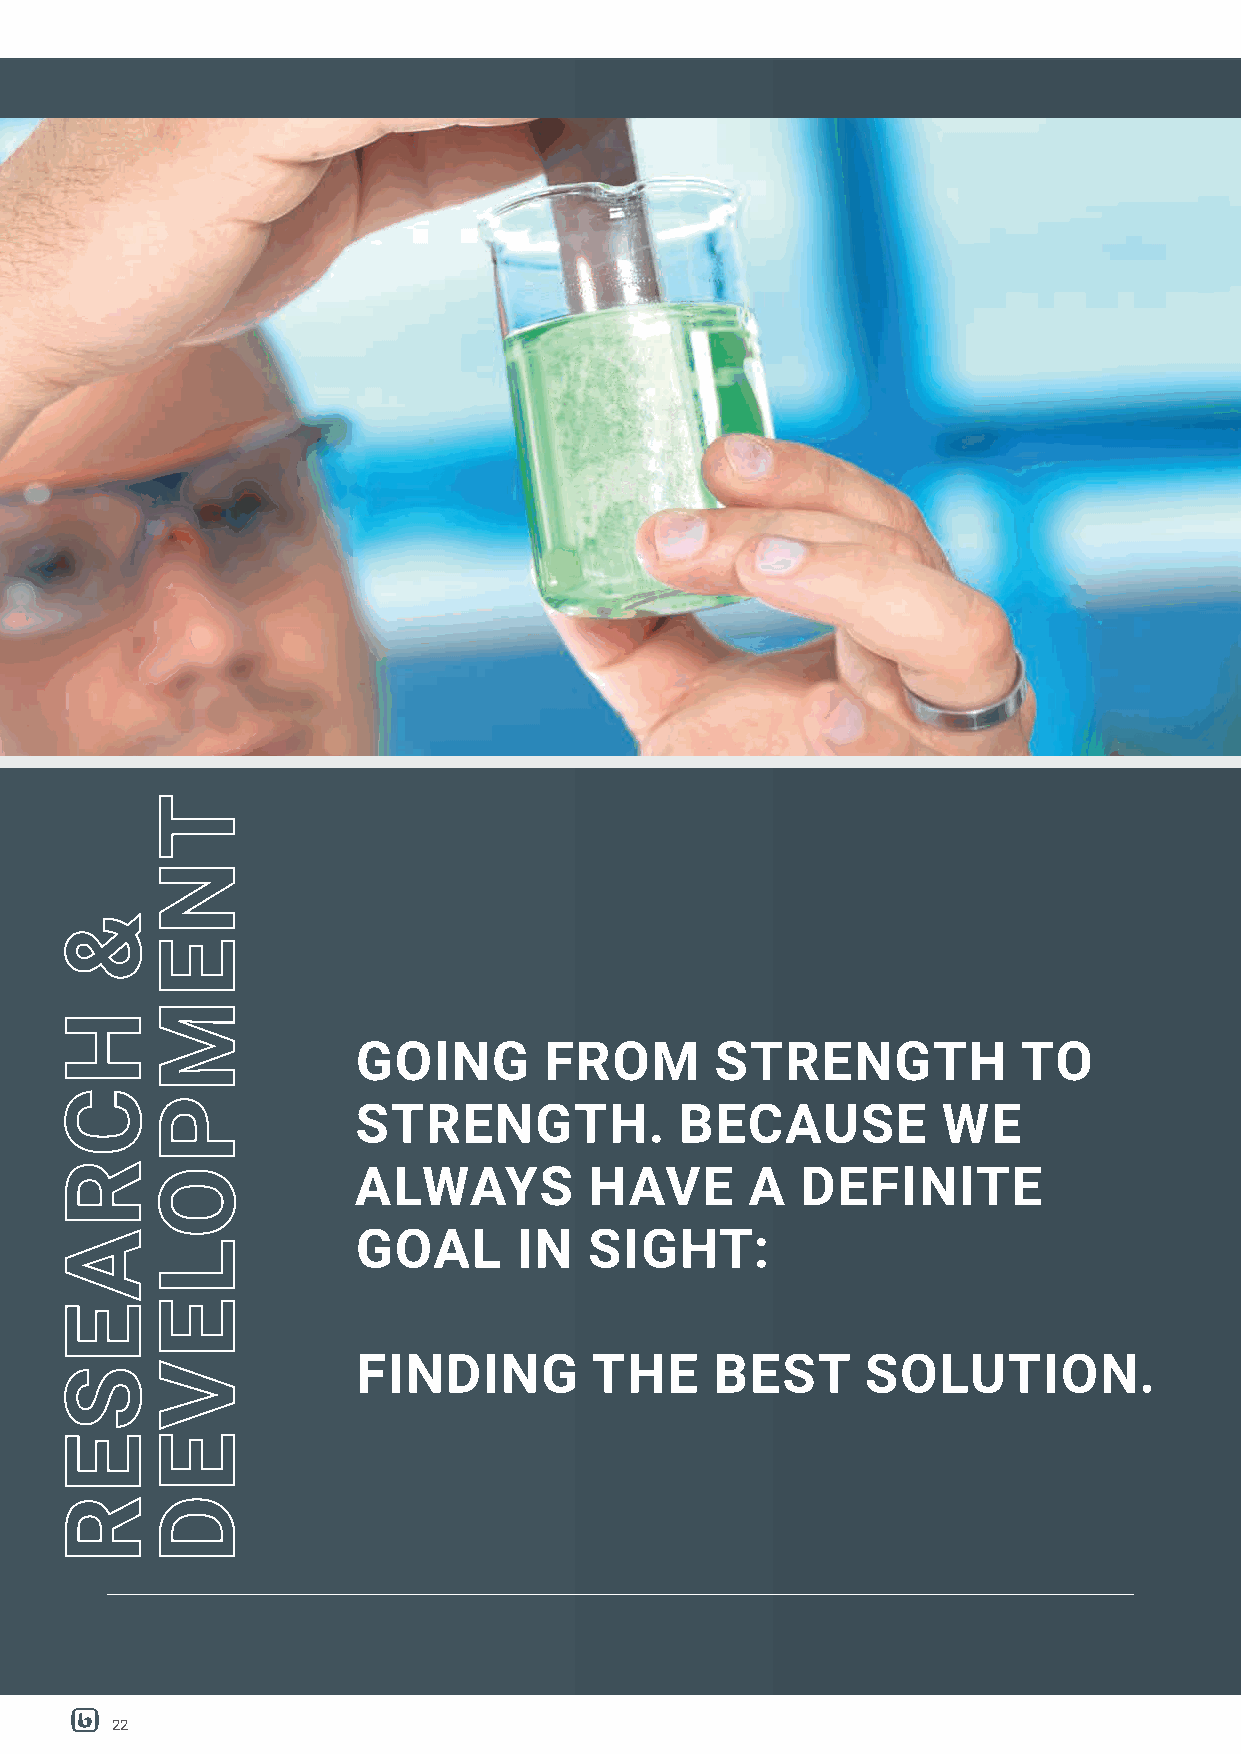
GOING       FROM       STRENGTH             TO
 STRENGTH.            BECAUSE          WE
 ALWAYS          HAVE       A  DEFINITE
 GOAL      IN   SIGHT:
 FINDING        THE     BEST      SOLUTION.
 22
 &
 HCRAESER
 TNEMPOLEVED